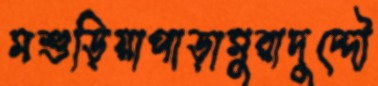
মশুড়িয়াপাড়ামুরাদুদ্দৌ